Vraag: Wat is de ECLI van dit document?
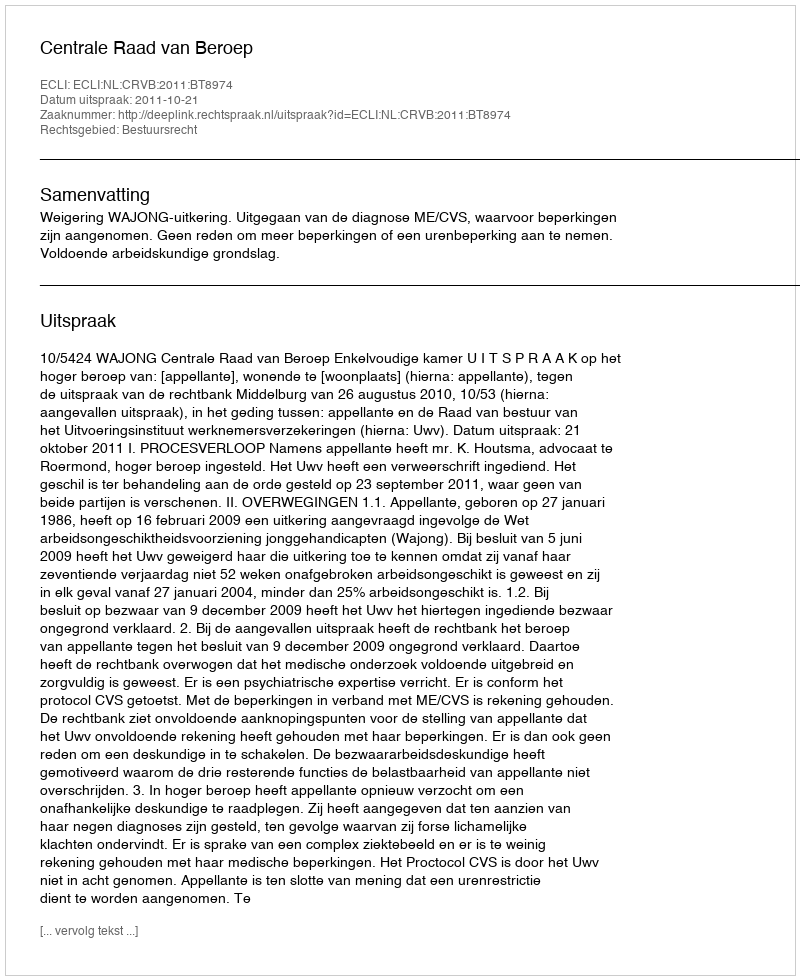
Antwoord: ECLI:NL:CRVB:2011:BT8974